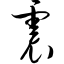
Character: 震